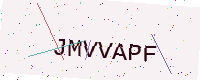
Text: JMVVAPF